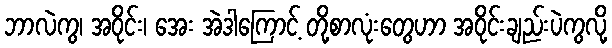
ဘာလဲကွ၊ အဝိုင်း၊ အေး အဲဒါကြောင့် တို့စာလုံးတွေဟာ အဝိုင်းချည်းပဲကွလို့